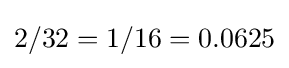
2/32=1/16=0.0625